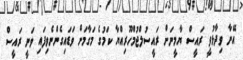
އޭނާ ވިދާޅުވީ ރައީސް ޔާމީނަށް ރައީސުލްޖުމްހޫރިއްޔާ ކަމުގެ މަގާމަށް ވަޑައިގެންނެވިފައި ވަނީ ރައީސް